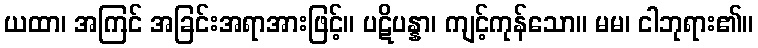
ယထာ၊ အကြင် အခြင်းအရာအားဖြင့်။ ပဋိပန္နာ၊ ကျင့်ကုန်သော။ မမ၊ ငါဘုရား၏။